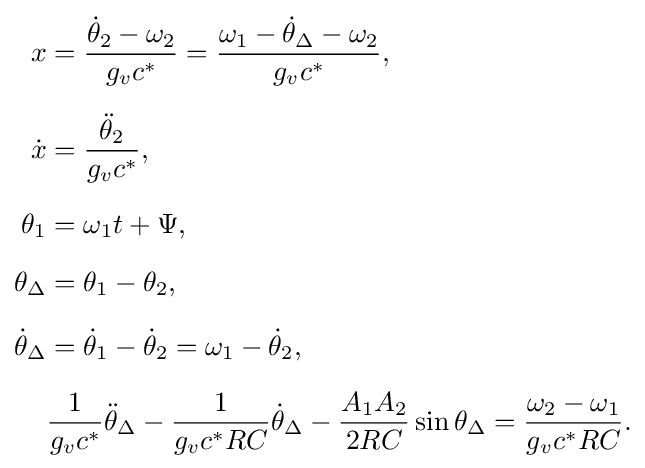
{\begin{aligned}x&={\frac {{\dot {\theta }}_{2}-\omega _{2}}{g_{v}c^{*}}}={\frac {\omega _{1}-{\dot {\theta }}_{\Delta }-\omega _{2}}{g_{v}c^{*}}},\\[6pt]{\dot {x}}&={\frac {{\ddot {\theta }}_{2}}{g_{v}c^{*}}},\\[6pt]\theta _{1}&=\omega _{1}t+\Psi ,\\[6pt]\theta _{\Delta }&=\theta _{1}-\theta _{2},\\[6pt]{\dot {\theta }}_{\Delta }&={\dot {\theta }}_{1}-{\dot {\theta }}_{2}=\omega _{1}-{\dot {\theta }}_{2},\\[6pt]&{\frac {1}{g_{v}c^{*}}}{\ddot {\theta }}_{\Delta }-{\frac {1}{g_{v}c^{*}RC}}{\dot {\theta }}_{\Delta }-{\frac {A_{1}A_{2}}{2RC}}\sin \theta _{\Delta }={\frac {\omega _{2}-\omega _{1}}{g_{v}c^{*}RC}}.\end{aligned}}